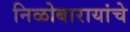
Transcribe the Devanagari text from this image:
निळोबारायांचे